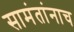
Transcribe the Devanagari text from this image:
सामंतांनाच